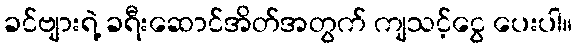
ခင်ဗျားရဲ့ ခရီးဆောင်အိတ်အတွက် ကျသင့်ငွေ ပေးပါ။